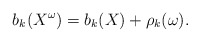
\begin{align*}b_k(X^\omega)=b_k(X)+\rho_k(\omega). \end{align*}